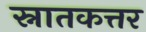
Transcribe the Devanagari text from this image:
स्नातकत्तर